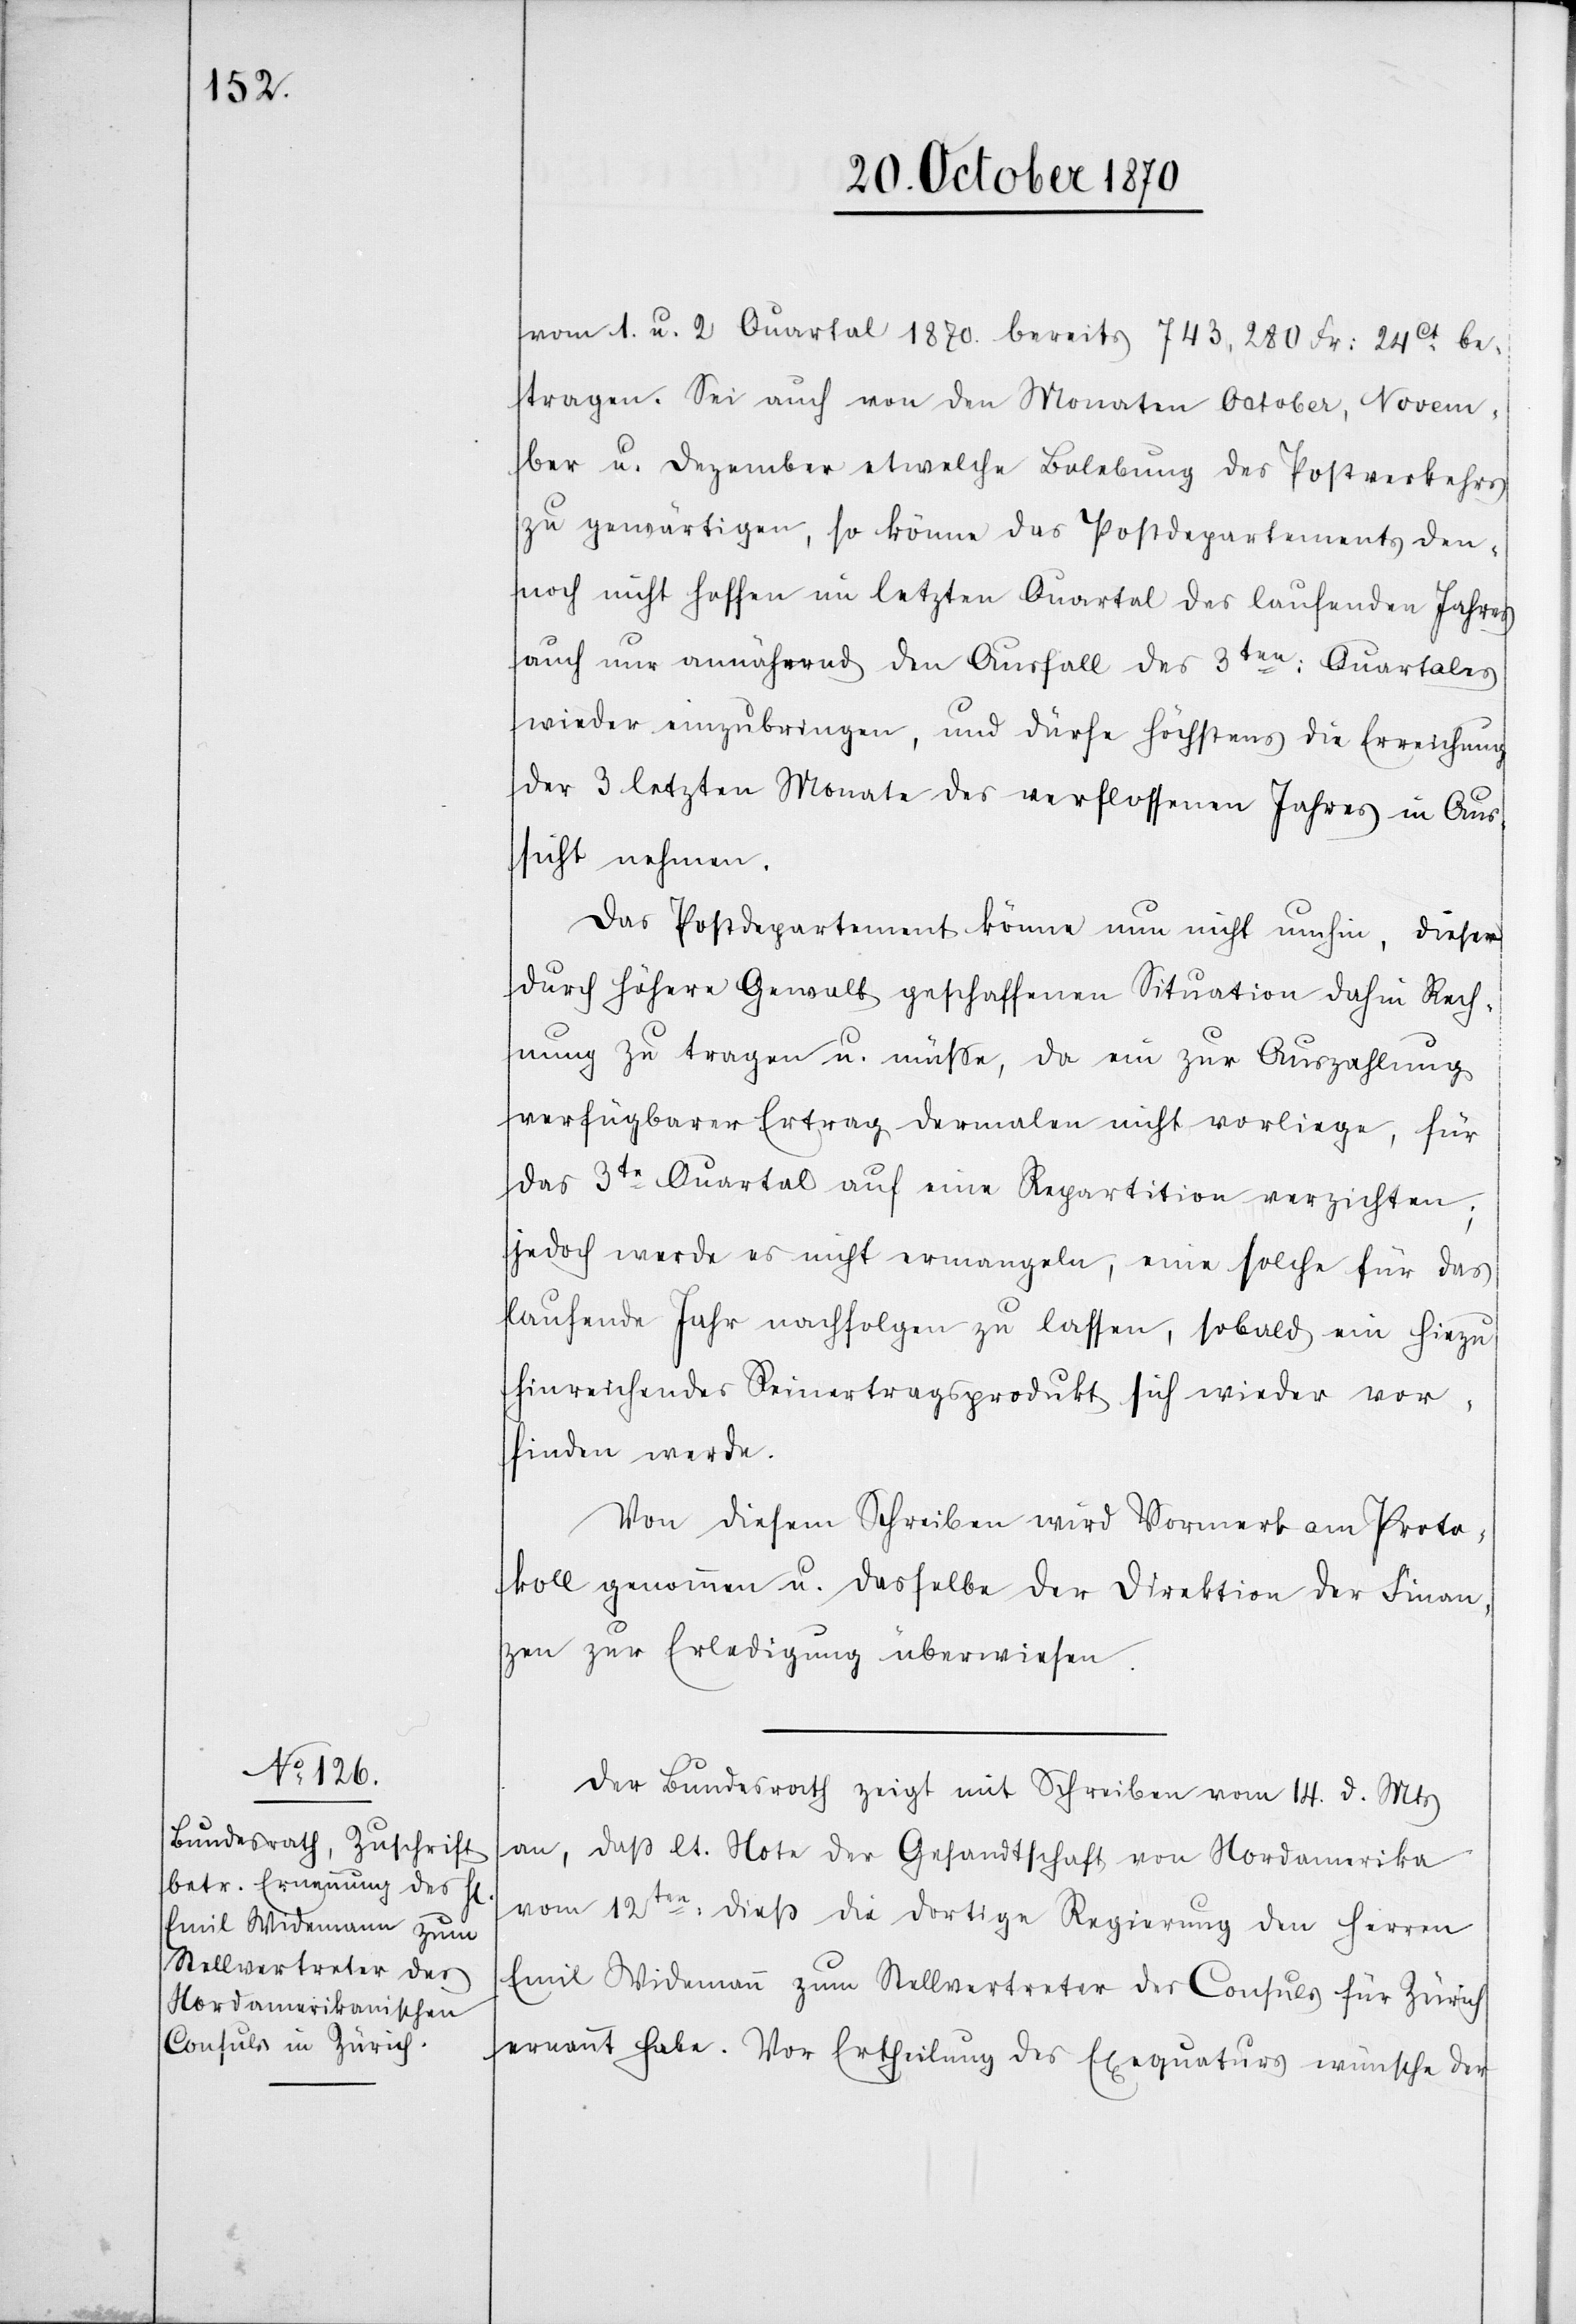
vom 1. u. 2. Quartal 1870. bereits 743,280 Fr: 24Ct. be¬
tragen. Sei auch von den Monaten October, Novem¬
ber u. Dezember etwelche Belebung des Postverkehrs
zu gewärtigen, so könne das Postdepartement den¬
noch nicht hoffen im letzten Quartal des laufenden Jahres
auch nur annähernd den Ausfall des 3ten: Quartales
wieder einzubringen, und dürfe höchstens die Erreichung
der 3 letzten Monate des verflossenen Jahres in Aus¬
sicht nehmen.
Das Postdepartement könne nun nicht umhin, dieser
durch höhere Gewalt geschaffene Situation dahin in Rech¬
nung zu tragen u. müßte, da ein zur Auszahlung
verfügbarer Ertrag dermalen nicht vorliege, für
das 3te Quartal auf eine Repartition verzichten;
jedoch werde er nicht ermangeln, eine solche für das
laufende Jahr nachfolgen zu lassen, sobald ein hiezu
hinreichendes Reinertragsprodukt sich wieder vor¬
finden werde.
Von diesem Schreiben wird Vormerk am Proto¬
koll genommen u. dasselbe der Direktion der Finan¬
zen zur Erledigung überwiesen.
Der Bundesrath zeigt mit Schreiben vom 14. d. Mts.
an, daß lt. Note der Gesandtschaft von Nordamerika
vom 12ten: dieß die dortige Regierung den Herren
Emil Widemann zum Stellvertreter des Consuls für Zürich
ernannt habe. Vor Ertheilung des Exequaturs wünsche der